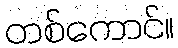
တစ်ကောင်။